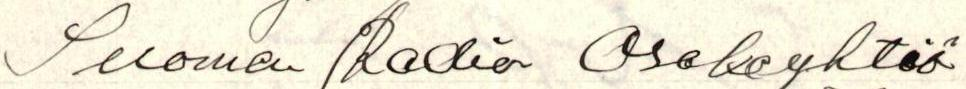
Suomen /Radion Osakeyhtiö